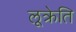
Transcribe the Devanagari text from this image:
लूक्रेति